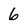
Character: 6